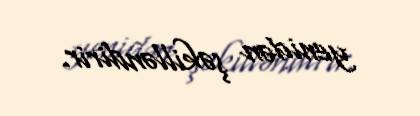
yenidən şəkilləndirir.